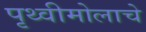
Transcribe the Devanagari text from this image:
पृथ्वीमोलाचे